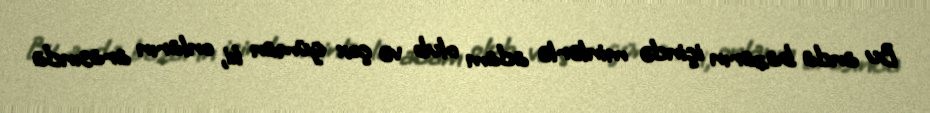
Bu anda bazarın içində minlərlə adam olub və çox güman ki, onların arasında